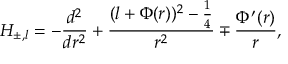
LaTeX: { \cal H } _ { \pm , l } = - \displaystyle \frac { d ^ { 2 } } { d r ^ { 2 } } + \displaystyle \frac { ( l + \Phi ( r ) ) ^ { 2 } - \frac { 1 } { 4 } } { r ^ { 2 } } \mp \displaystyle \frac { \Phi ^ { \prime } ( r ) } { r } ,